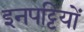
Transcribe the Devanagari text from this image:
इनपट्टियों